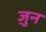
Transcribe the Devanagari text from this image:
ज़ुन